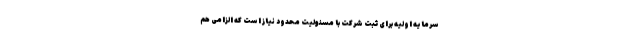
سرمایه اولیه برای ثبت شرکت با مسئولیت محدود نیاز است که الزامی هم